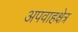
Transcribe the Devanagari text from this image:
अपवाहक्षेत्र